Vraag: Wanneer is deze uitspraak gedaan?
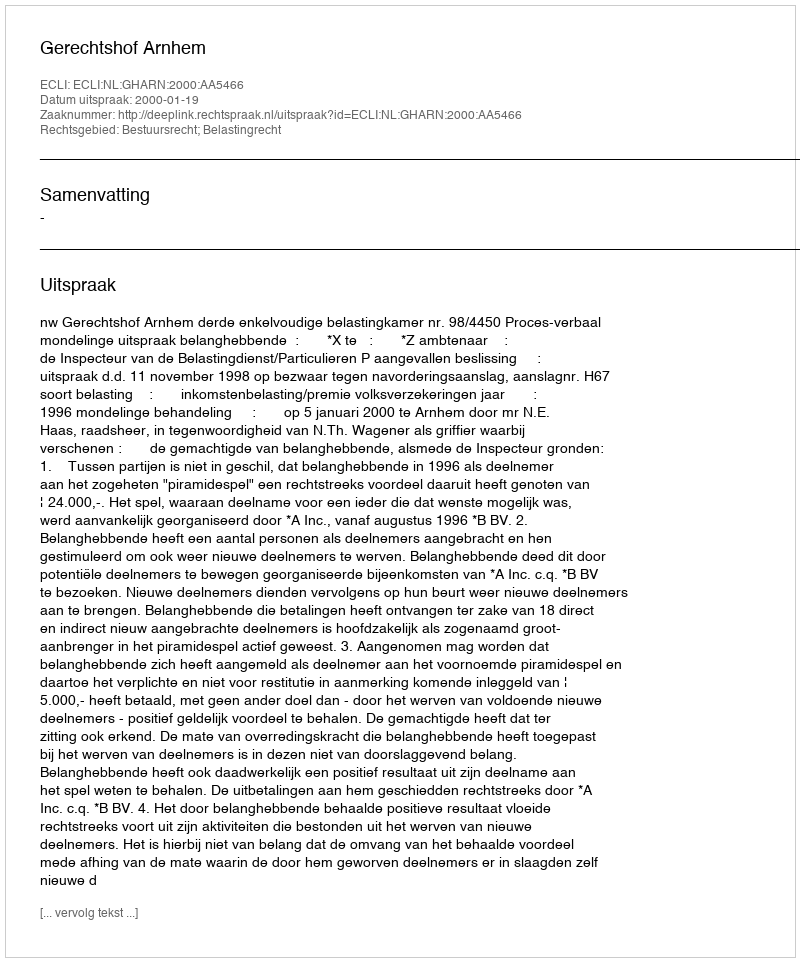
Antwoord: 2000-01-19